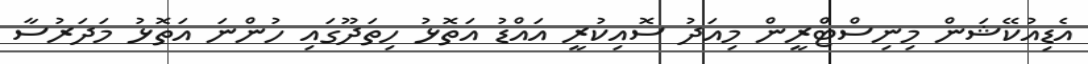
އެޑިއުކޭޝަން މިނިސްޓްރީން މިއަދު ސޮއިކުރީ އައްޑު އަތޮޅު ހިތަދޫގައި ހުންނަ އަތޮޅު މަދަރުސާ